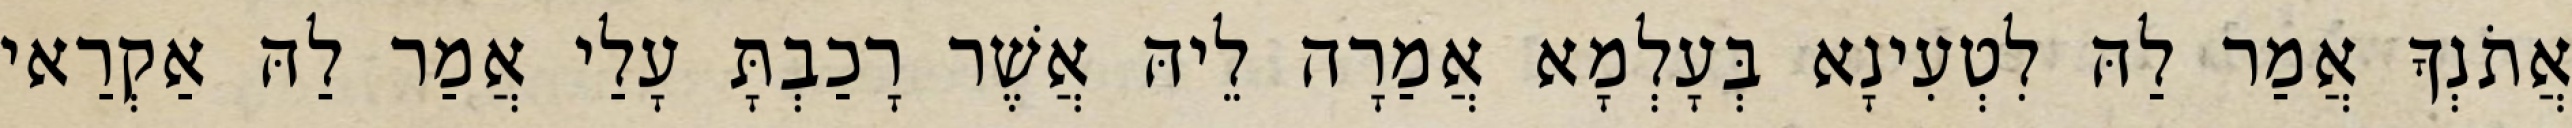
אֲתֹנְךָ אֲמַר לַהּ לִטְעִינָא בְּעָלְמָא אֲמַרָה לֵיהּ אֲשֶׁר רָכַבְתָּ עָלַי אֲמַר לַהּ אַקְרַאי